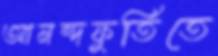
আনন্দফুর্তিতে